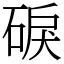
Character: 𥓎